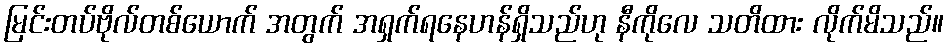
မြင်းတပ်ဗိုလ်တစ်ယောက် အတွက် အရှက်ရနေဟန်ရှိသည်ဟု နီကိုလေ သတိထား လိုက်မိသည်။